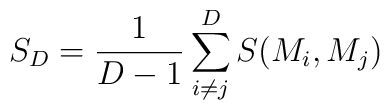
S_D = \frac{1}{D-1} \sum_{i\neq j}^{D} S (M_i , M_j )